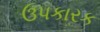
ઉપકારક